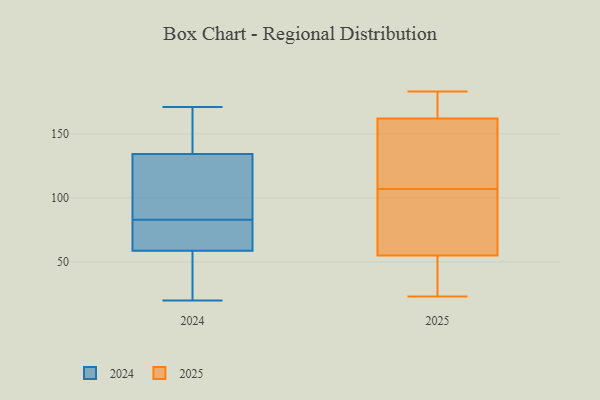
{"axis": {"x": "Page Views", "y": "Value"}, "legend": ["2024", "2025"], "data": [{"x": "", "y": 133, "type": "2024"}, {"x": "", "y": 171, "type": "2024"}, {"x": "", "y": 65, "type": "2024"}, {"x": "", "y": 73, "type": "2024"}, {"x": "", "y": 132, "type": "2024"}, {"x": "", "y": 128, "type": "2024"}, {"x": "", "y": 138, "type": "2024"}, {"x": "", "y": 146, "type": "2024"}, {"x": "", "y": 20, "type": "2024"}, {"x": "", "y": 83, "type": "2024"}, {"x": "", "y": 40, "type": "2024"}, {"x": "", "y": 26, "type": "2024"}, {"x": "", "y": 81, "type": "2024"}, {"x": "", "y": 164, "type": "2025"}, {"x": "", "y": 156, "type": "2025"}, {"x": "", "y": 125, "type": "2025"}, {"x": "", "y": 58, "type": "2025"}, {"x": "", "y": 159, "type": "2025"}, {"x": "", "y": 49, "type": "2025"}, {"x": "", "y": 23, "type": "2025"}, {"x": "", "y": 107, "type": "2025"}, {"x": "", "y": 65, "type": "2025"}, {"x": "", "y": 168, "type": "2025"}, {"x": "", "y": 54, "type": "2025"}, {"x": "", "y": 183, "type": "2025"}, {"x": "", "y": 77, "type": "2025"}, {"x": "", "y": 31, "type": "2025"}, {"x": "", "y": 163, "type": "2025"}]}